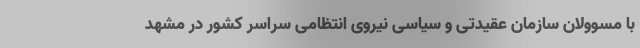
با مسوولان سازمان عقیدتی و سیاسی نیروی انتظامی سراسر کشور در مشهد